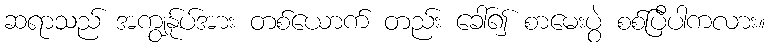
ဆရာသည် အကျွန်ုပ်အား တစ်ယောက် တည်း ခေါ်၍ စာမေးပွဲ စစ်ပြီပါကလား။